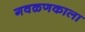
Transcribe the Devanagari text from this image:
गवळणकाला